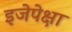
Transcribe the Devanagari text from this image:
इजेपेक्षा